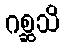
ဂစ္ဆသိ